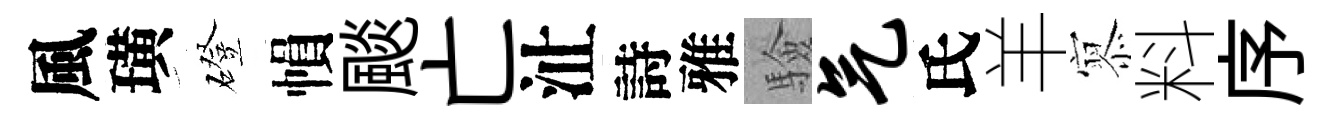
風璜磴𢄙颷亡沚詩雅驗气氏羊𡪹料序